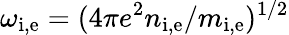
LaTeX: \omega_{\mathrm{i,e}}=(4\pi e^{2}n_{\mathrm{i,e}}/m_{\mathrm{i,e}})^{1/2}